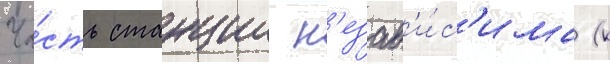
Ча́сть станции н'езав'и́с'има (к